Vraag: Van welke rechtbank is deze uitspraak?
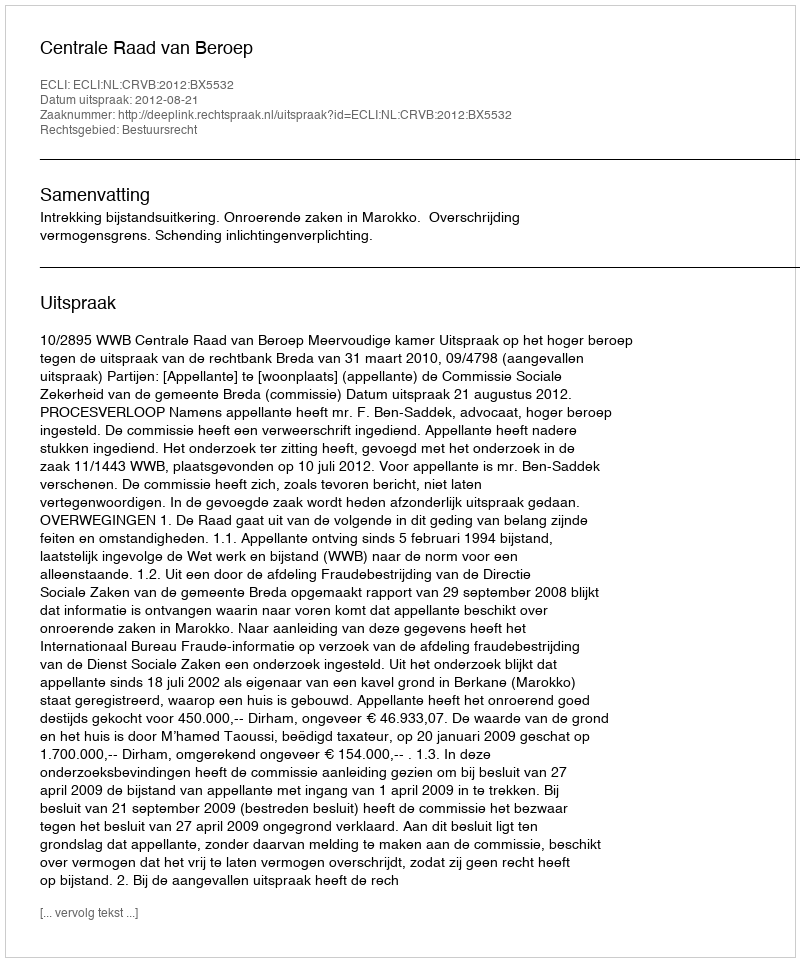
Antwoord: Centrale Raad van Beroep